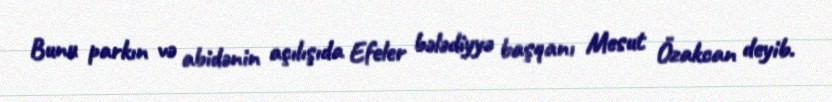
Bunu parkın və abidənin açılışıda Efeler bələdiyyə başqanı Mesut Özakcan deyib.